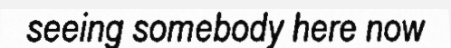
seeing somebody here now